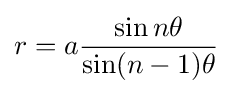
r=a{\frac {\sin n\theta }{\sin(n-1)\theta }}\!